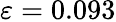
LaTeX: \varepsilon=0.093